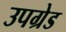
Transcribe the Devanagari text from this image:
उपग्रेड